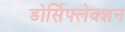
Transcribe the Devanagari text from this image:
डोर्सिफ्लेक्शन